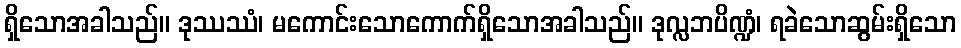
ရှိသောအခါသည်။ ဒုဿဿံ၊ မကောင်းသောကောက်ရှိသောအခါသည်။ ဒုလ္လဘပိဏ္ဍံ၊ ရခဲသောဆွမ်းရှိသော